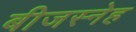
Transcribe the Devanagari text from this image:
बीजस्नेह